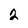
Character: 2